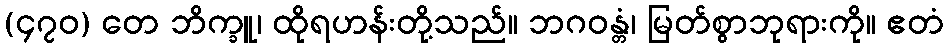
(၄၇၀) တေ ဘိက္ခူ၊ ထိုရဟန်းတို့သည်။ ဘဂဝန္တံ၊ မြတ်စွာဘုရားကို။ ဧတံ